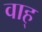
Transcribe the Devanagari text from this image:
वाह्‌